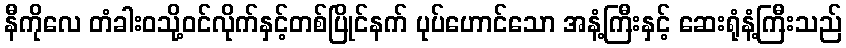
နီကိုလေ တံခါးဝသို့ဝင်လိုက်နှင့်တစ်ပြိုင်နက် ပုပ်ဟောင်သော အနံ့ကြီးနှင့် ဆေးရုံနံ့ကြီးသည်